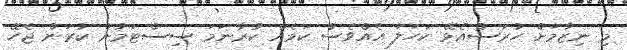
މި ނިޒާމަށް ހުރަސްއެޅޭ ކަހަލަ އެއްވެސް ކަމެއް ކުރާނަމަ ސިސްޓަމުން ކުރަން ޖެހޭ